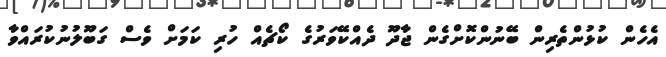
އެހެން ކުޅުންތެރިން ބޭނުންކޮށްގެން ޖާދޫ ދެއްކޭވަރުގެ ކޯޗެއް ހުރި ކަަމަށް ވެސް ގަބޫލުނުކުރައްވާ